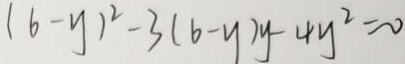
( 6 - y ) ^ { 2 } - 3 ( b - y ) y - 4 y ^ { 2 } = 0